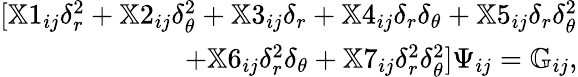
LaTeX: \begin{array}{r}{[\mathbb{X}1_{ij}\delta_{r}^{2}+\mathbb{X}2_{ij}\delta_{\theta}^{2}+\mathbb{X}3_{ij}\delta_{r}+\mathbb{X}4_{ij}\delta_{r}\delta_{\theta}+\mathbb{X}5_{ij}\delta_{r}\delta_{\theta}^{2}}\\ {+\mathbb{X}6_{ij}\delta_{r}^{2}\delta_{\theta}+\mathbb{X}7_{ij}\delta_{r}^{2}\delta_{\theta}^{2}]\Psi_{ij}=\mathbb{G}_{ij},}\end{array}